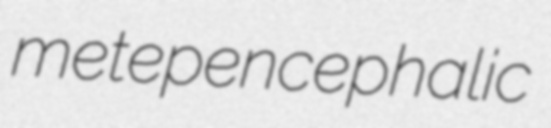
metepencephalic